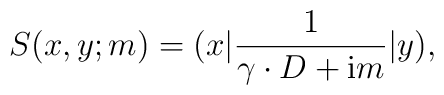
S(x,y;m)=(x|\frac 1{\gamma \cdot D+{\rm i}m}|y),